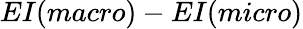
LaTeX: EI(macro)-EI(micro)